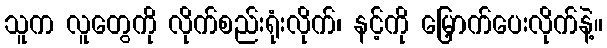
သူက လူတွေကို လိုက်စည်းရုံးလိုက်၊ နင့်ကို မြှောက်ပေးလိုက်နဲ့။